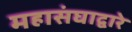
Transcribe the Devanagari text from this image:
महासंघाद्वारे